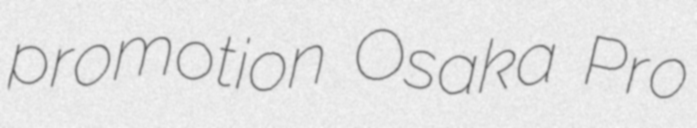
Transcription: promotion Osaka Pro